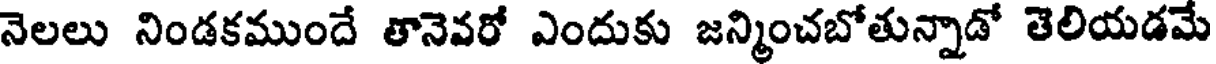
నెలలు నిండకముందే తానెవరో ఎందుకు జన్మించబోతున్నాడో తెలియడమే